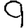
Digit: 9